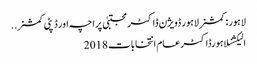
لاہور: کمشنر لاہور ڈویژن ڈاکٹر مجتبیٰ پراچہ اور ڈپٹی کمشنر ..
الیکشنلاہورڈاکٹرعام انتخابات 2018